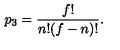
p _ { 3 } = { \frac { f ! } { n ! ( f - n ) ! } } .